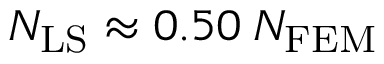
N _ { \mathrm { L S } } \approx 0 . 5 0 \: N _ { \mathrm { F E M } }